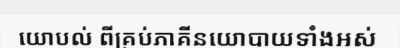
យោបល់ ពីគ្រប់ភាគីនយោបាយទាំងអស់